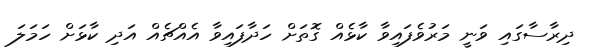
ދިރާސާގައި ވަނީ މަރުވެފައިވާ ކާޅެއް ގޮތަށް ހަދާފައިިވާ އެއްޗެއް އަދި ކާޅަށް ހަމަލަ